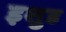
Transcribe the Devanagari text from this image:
इशुड